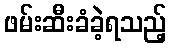
ဖမ်းဆီးခံခဲ့ရသည့်